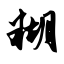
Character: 糊